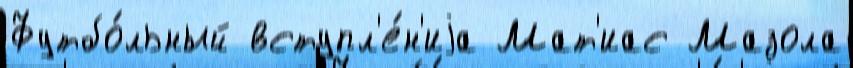
Футбо́льный вступл'е́н'иjа Мат'иас Мазола